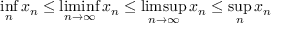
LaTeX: \operatorname* { i n f } _ { n } x _ { n } \leq \operatorname* { l i m i n f } _ { n \to \infty } x _ { n } \leq \operatorname* { l i m s u p } _ { n \to \infty } x _ { n } \leq \operatorname* { s u p } _ { n } x _ { n }